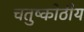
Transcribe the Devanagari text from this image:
चतुष्कोठीय